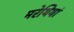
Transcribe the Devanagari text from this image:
मरेथियां